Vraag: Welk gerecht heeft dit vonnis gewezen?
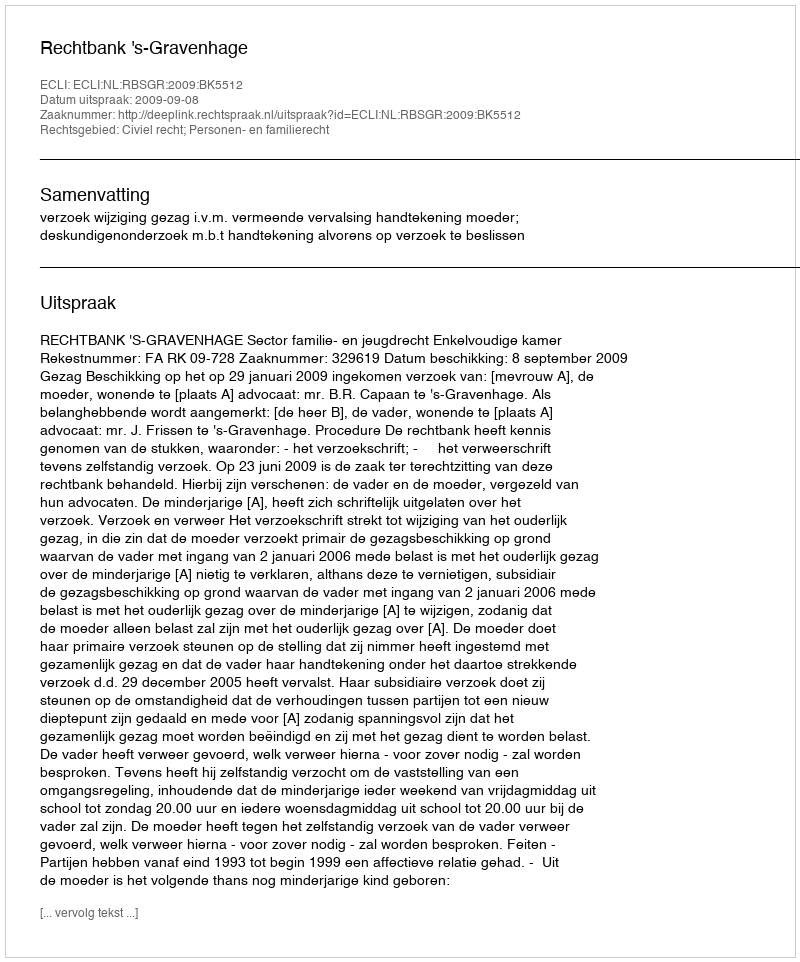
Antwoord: Rechtbank 's-Gravenhage